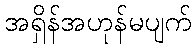
အရှိန်အဟုန်မပျက်